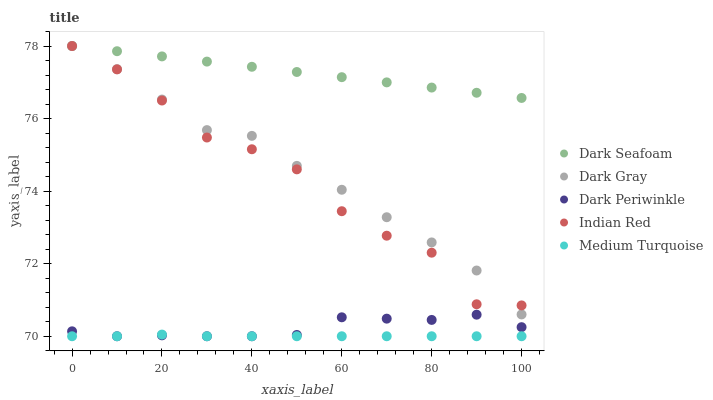
| xaxis_label | Dark Seafoam | Dark Gray | Dark Periwinkle | Indian Red | Medium Turquoise |
 | --- | --- | --- | --- | --- | --- |
 | 0 | 78 | 78 | 70.1 | 78 | 70 |
 | 10 | 77.9 | 77.4 | 70 | 77.4 | 70 |
 | 20 | 77.7 | 76.5 | 70 | 76.5 | 70 |
 | 30 | 77.6 | 75.7 | 70 | 75.5 | 70 |
 | 40 | 77.4 | 75.5 | 70 | 75.2 | 70 |
 | 50 | 77.3 | 74.7 | 70 | 74.6 | 70 |
 | 60 | 77.1 | 74 | 70.5 | 73.4 | 70 |
 | 70 | 77 | 73.3 | 70.5 | 72.8 | 70 |
 | 80 | 76.9 | 72.6 | 70.5 | 72.3 | 70 |
 | 90 | 76.7 | 71.8 | 70.6 | 70.9 | 70 |
 | 100 | 76.6 | 70.6 | 70.3 | 70.9 | 70 |